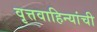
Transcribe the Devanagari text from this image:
वृत्तवाहिन्यांची